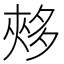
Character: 𡖳